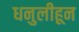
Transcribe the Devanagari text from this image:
धनुलीहून